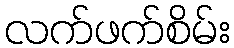
လက်ဖက်စိမ်း